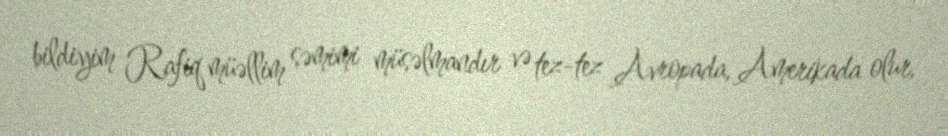
bildiyim Rafiq müəllim səmimi müsəlmandır və tez-tez Avropada, Amerikada olur,